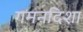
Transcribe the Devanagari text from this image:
गमनदिशा